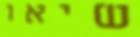
שיאו